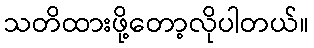
သတိထားဖို့တော့လိုပါတယ်။